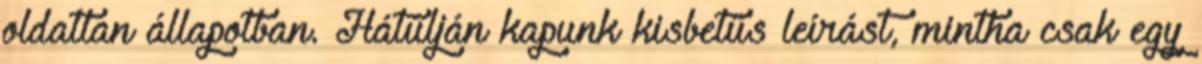
oldatlan állapotban. Hátúlján kapunk kisbetűs leírást, mintha csak egy